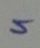
=